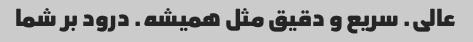
عالی. سریع و دقیق مثل همیشه. درود بر شما